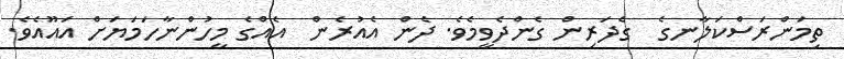
ތިމަންރަސްކަލާނގެ  ގެދަރިން ގެންދެވީމެވެ. ދެން އެއުރެން  އެއްގެ މީހުންނާހަމަޔަށް އައޫއެވެ.